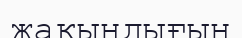
жақындығын